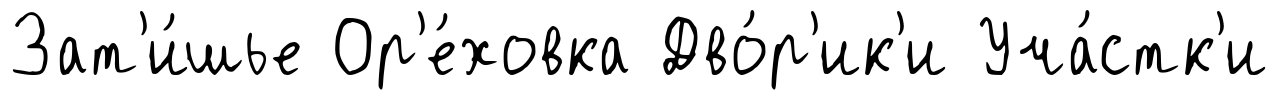
Зат'и́шье Ор'е́ховка Дво́р'ик'и Уча́стк'и